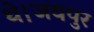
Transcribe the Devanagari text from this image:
थे।जयपुर